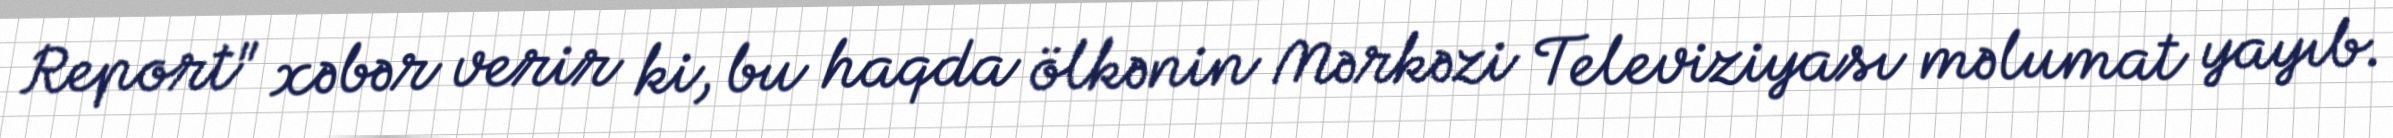
Report" xəbər verir ki, bu haqda ölkənin Mərkəzi Televiziyası məlumat yayıb.